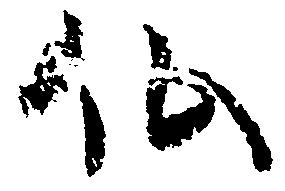
仏